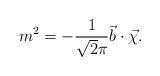
LaTeX: \begin{align*}m^2=-\frac{1}{\sqrt{2}\pi}\vec{b}\cdot\vec{\chi}.\end{align*}